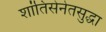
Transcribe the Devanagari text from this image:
शांतिसेनेतसुद्धा